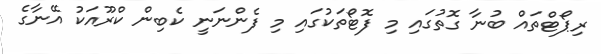
ރިޕޯޓްތައް ބުނާ ގޮތުގައި މި ފޮޓޯތަކުގައި މި ފެންނަނީ ކެބިން ކްރޫއަކު އޭނާގެ